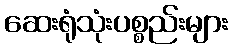
ဆေးရုံသုံးပစ္စည်းများ